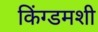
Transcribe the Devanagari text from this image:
किंग्डमशी